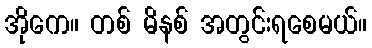
အိုကေ။ တစ် မိနစ် အတွင်းရစေမယ်။